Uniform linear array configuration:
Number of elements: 64
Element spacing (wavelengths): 0.75
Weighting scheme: exponential
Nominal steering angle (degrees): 15
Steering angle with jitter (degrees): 14.738
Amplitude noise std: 0.05
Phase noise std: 0.05

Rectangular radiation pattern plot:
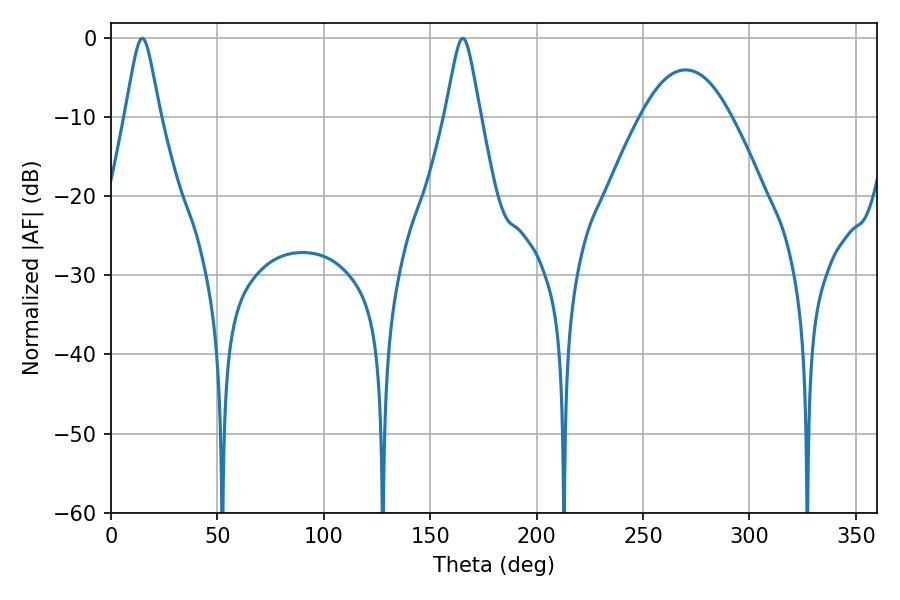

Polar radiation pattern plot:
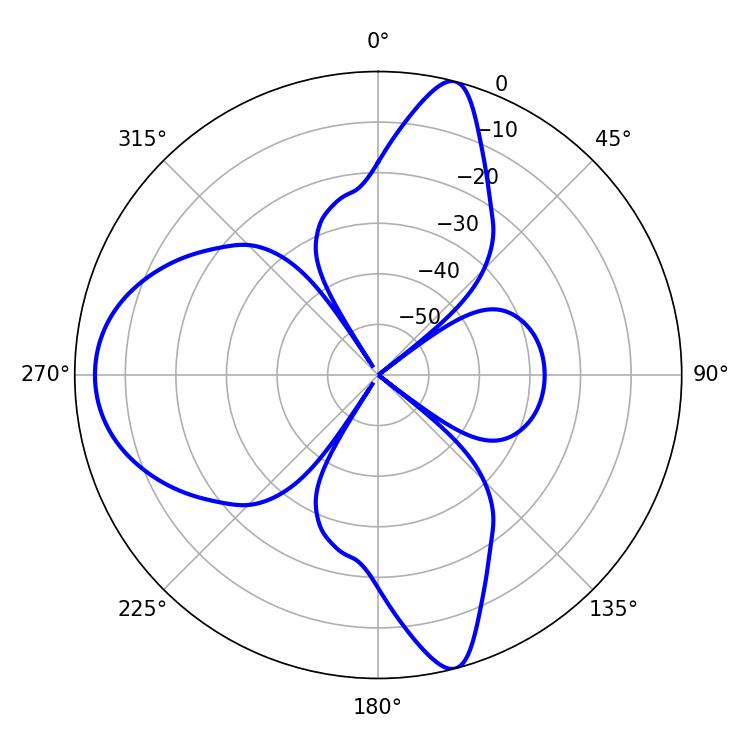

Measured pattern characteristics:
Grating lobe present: TRUE
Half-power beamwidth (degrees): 7.74
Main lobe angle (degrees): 14.76